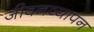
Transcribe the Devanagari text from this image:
जीवनव्यापन